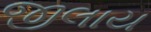
જીલાય